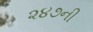
૨૪૭ની